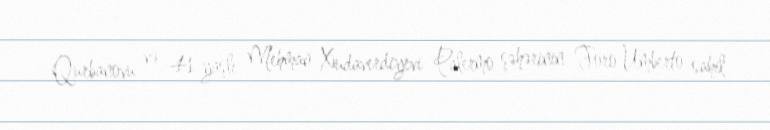
Qurbanovu və 41 yaşlı Mehman Xudaverdiyevi Palermo şəhərinin Foro Umberto sahil